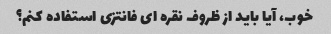
خوب، آیا باید از ظروف نقره ای فانتزی استفاده کنم؟